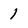
Character: 1